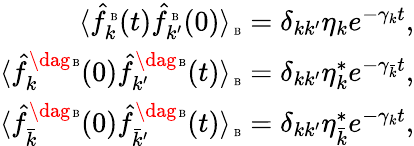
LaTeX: \begin{array}{r}{\langle\hat{f}_{k}^{\mathrm{\tiny~B}}(t)\hat{f}_{k^{\prime}}^{\mathrm{\tiny~B}}(0)\rangle_{\mathrm{\tiny~B}}=\delta_{kk^{\prime}}\eta_{k}e^{-\gamma_{k}t},}\\ {\langle\hat{f}_{k}^{\dag\mathrm{\tiny~B}}(0)\hat{f}_{k^{\prime}}^{\dag\mathrm{\tiny~B}}(t)\rangle_{\mathrm{\tiny~B}}=\delta_{kk^{\prime}}\eta_{k}^{*}e^{-\gamma_{\bar{k}}t},}\\ {\langle\hat{f}_{\bar{k}}^{\dag\mathrm{\tiny~B}}(0)\hat{f}_{\bar{k}^{\prime}}^{\dag\mathrm{\tiny~B}}(t)\rangle_{\mathrm{\tiny~B}}=\delta_{kk^{\prime}}\eta_{\bar{k}}^{*}e^{-\gamma_{k}t},}\end{array}